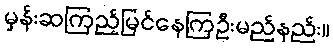
မှန်းဆကြည့်မြင်နေကြဦးမည်နည်း။